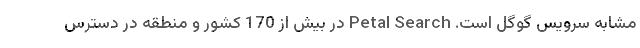
مشابه سرویس گوگل است. Petal Search در بیش از 170 کشور و منطقه در دسترس